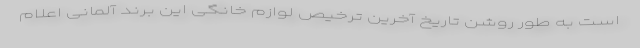
است به طور روشن تاریخ آخرین ترخیص لوازم خانگی این برند آلمانی اعلام